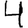
Digit: 4